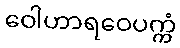
ဝေါဟာရဝေပက္ကံ